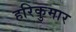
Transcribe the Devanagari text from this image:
हरिकुमार